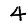
Digit: 4